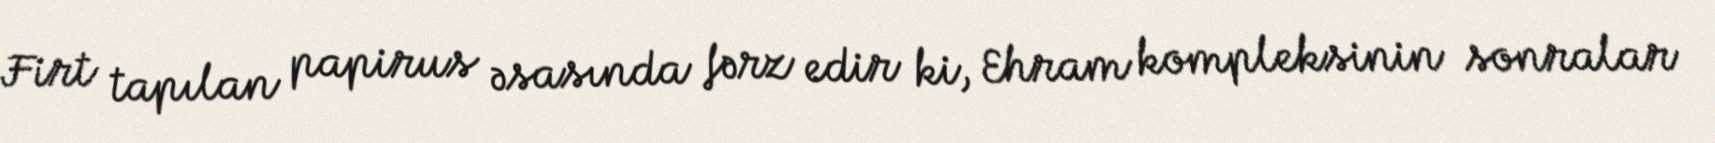
Firt tapılan papirus əsasında fərz edir ki, Ehram kompleksinin sonralar